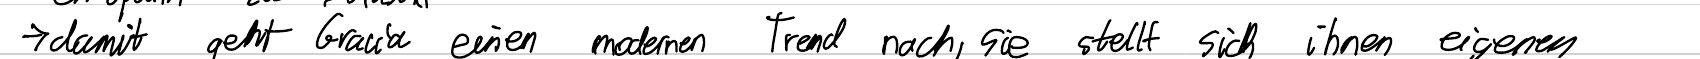
-> damit geht Gracia einen modernen Trend nach, sie stellt sich ihnen eigenen